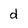
Character: d